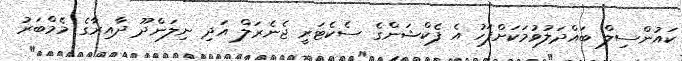
ކައުންސިލް ބައްދަލުވުމަކަށްފަހު އެ ފެކްޝަންގެ ސެކެޓަރީ ޖެނެރަލް އަދި ނިލަންދޫ ދާއިރާގެ މެމްބަރު